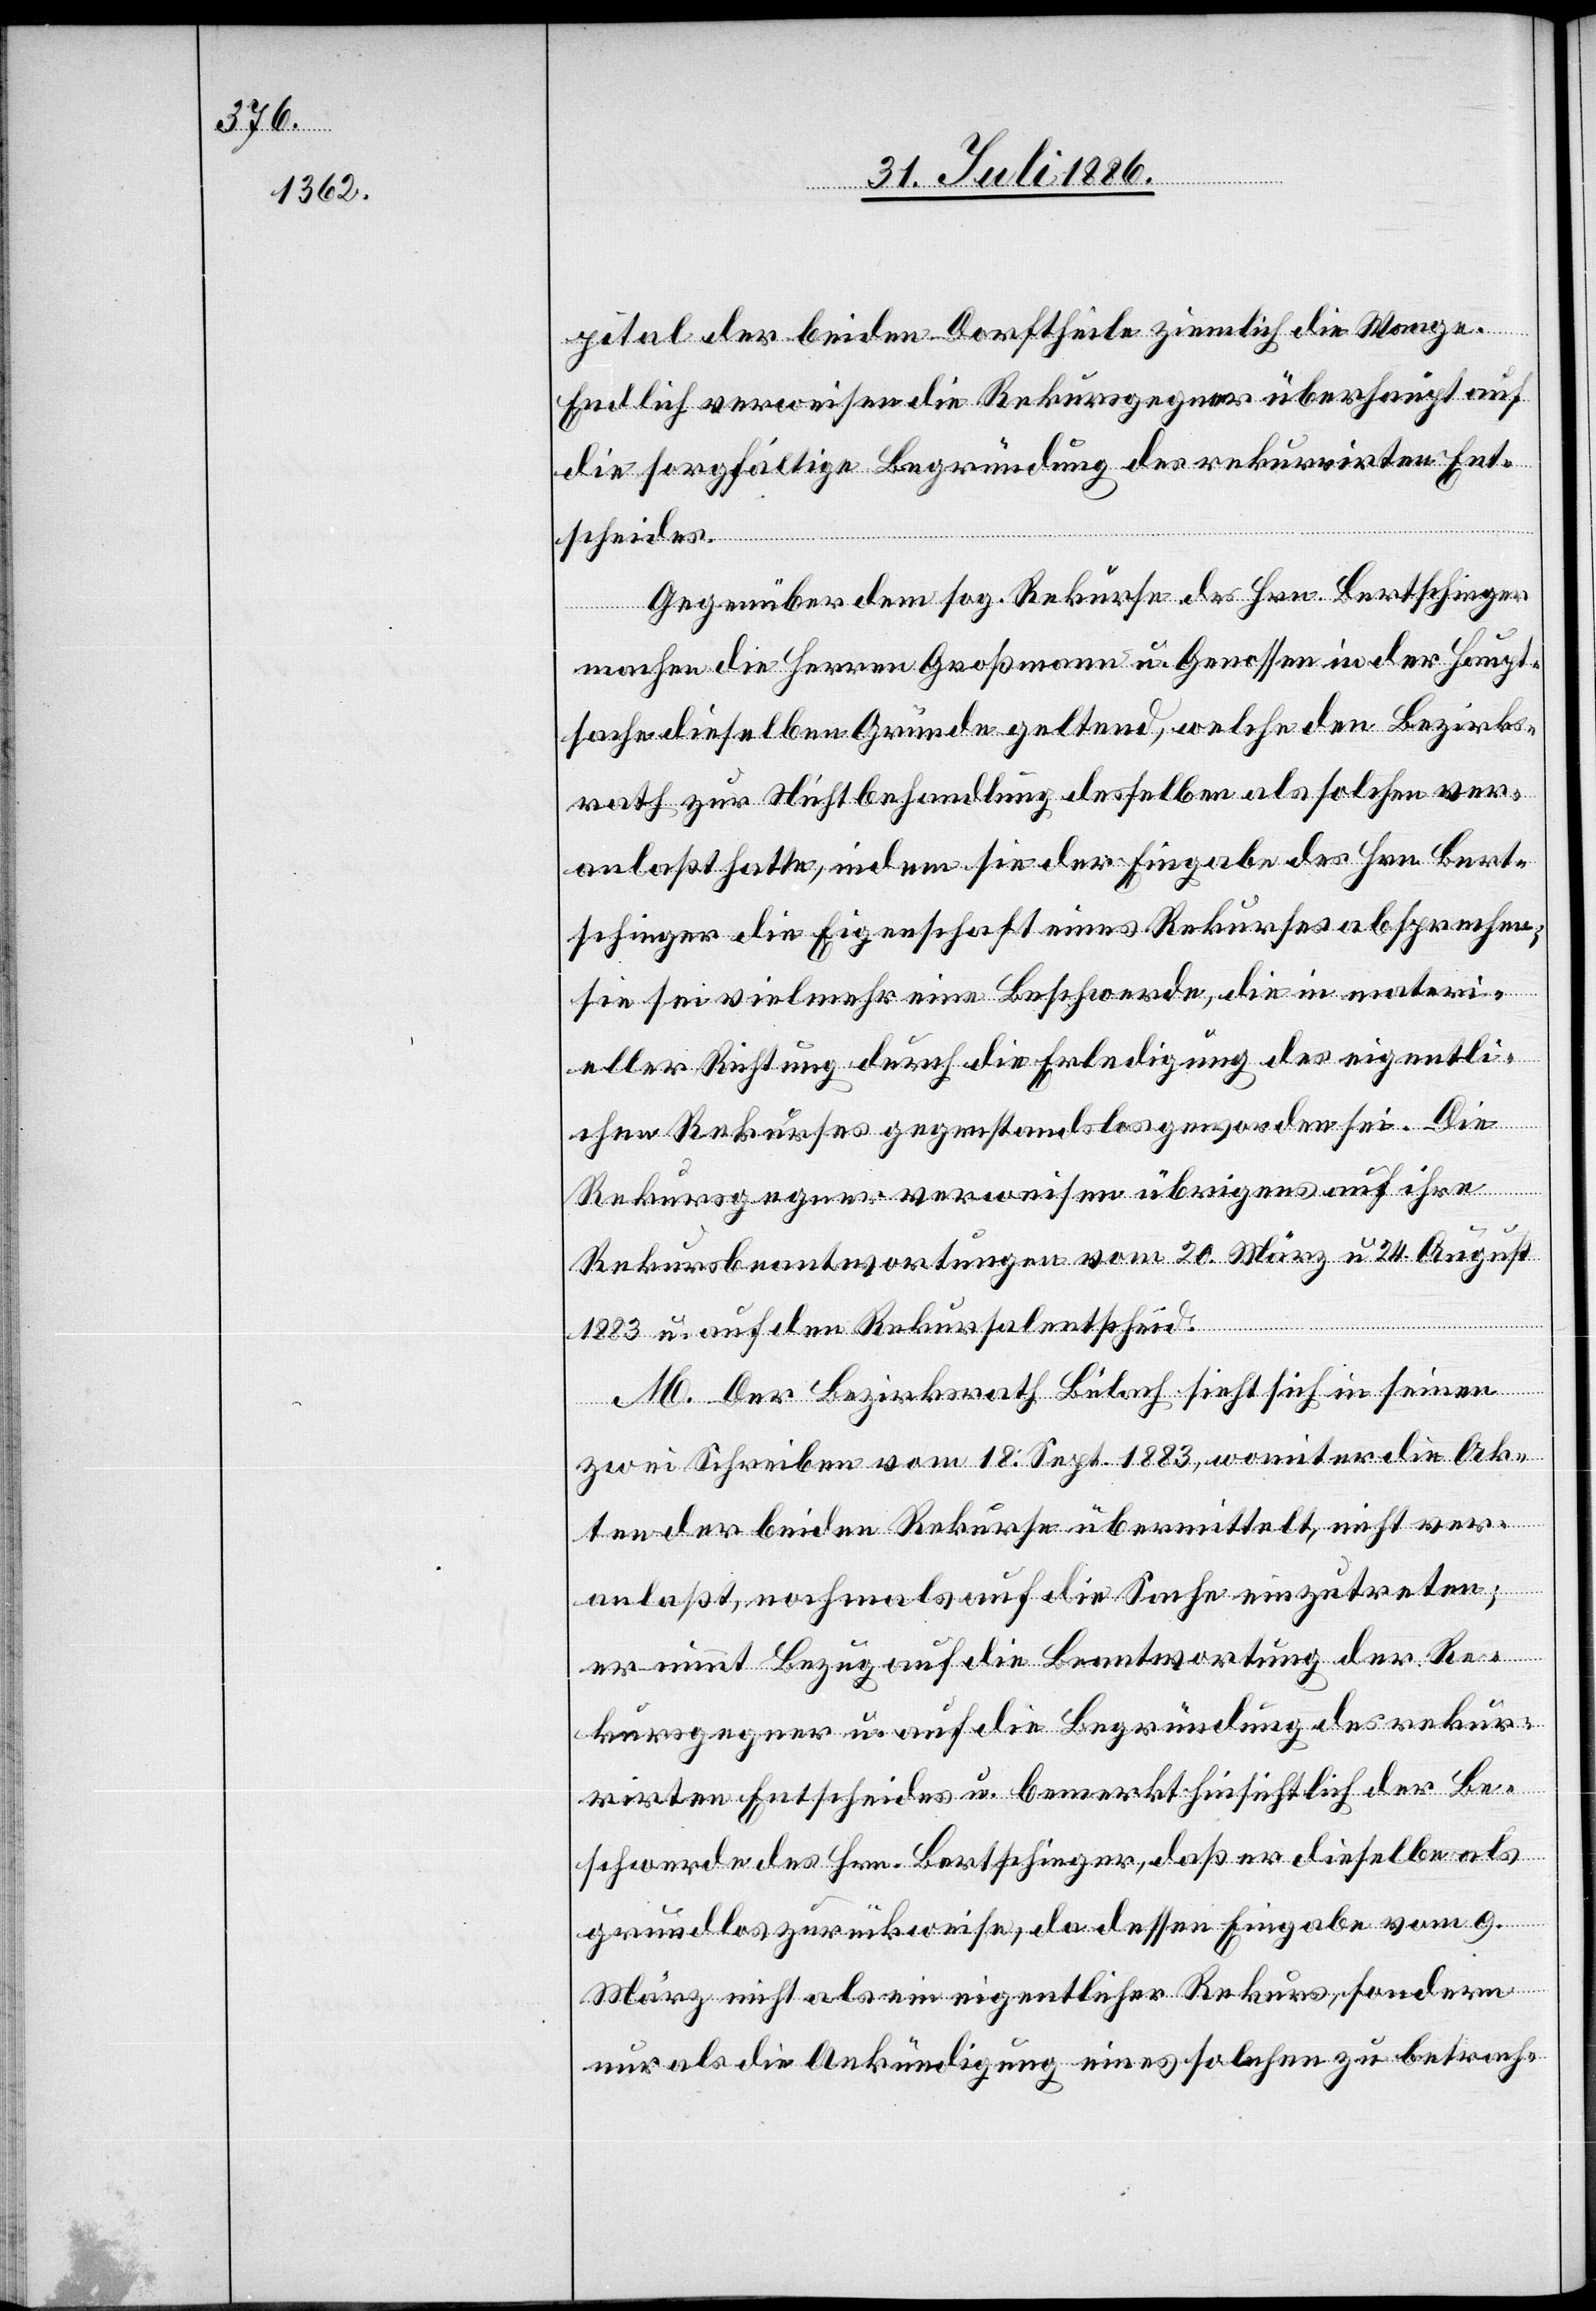
pital der beiden Dorftheile ziemlich die Waage.
Endlich verweisen die Rekursgegner überhaupt auf
die sorgfältige Begründung des rekurrirten Ent¬
scheides.
Gegenüber dem sog. Rekurse des Hrn. Bertschinger
machen die Herren Großmann u. Genossen in der Haupt¬
sache dieselben Gründe geltend, welche den Bezirks¬
rath zur Nichtbehandlung desselben als solchen ver¬
anlaßt hatte, indem sie der Eingabe des Hrn. Bert¬
schinger die Eigenschaft eines Rekurses absprachen;
sie sei vielmehr eine Beschwerde, die in materi¬
eller Richtung durch die Erledigung des eigentli¬
chen Rekurses gegenstandslos geworden sei. Die
Rekursgegner verweisen übrigens auf ihre
Rekursbeantwortungen vom 20. März u. 24. August
1883 u. auf den Rekursalentscheid.
M. Der Bezirksrath Bülach sieht sich in seinen
zwei Scheiben vom 18. Sept. 1883, womit er die Ak¬
ten der beiden Rekurse übermittelt, nicht ver¬
anlaßt, nochmals auf die Sache einzutreten;
er nimmt Bezug auf die Beantwortung der Re¬
kursgegner u. auf die Begründung des rekur¬
rirten Entscheides u. bemerkt hinsichtlich der Be¬
schwerde des Hrn. Bertschinger, daß er dieselbe als
grundlos zurückweise, da dessen Eingabe vom 9.
März nicht als ein eigentlicher Rekurs, sondern
nur als die Ankündigung eines solchen zu betrach-